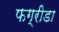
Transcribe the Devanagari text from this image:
फग्रीडा